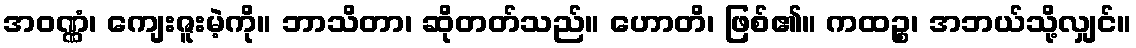
အဝဏ္ဏံ၊ ကျေးဇူးမဲ့ကို။ ဘာသိတာ၊ ဆိုတတ်သည်။ ဟောတိ၊ ဖြစ်၏။ ကထဉ္စ၊ အဘယ်သို့လျှင်။